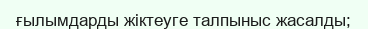
ғылымдарды жіктеуге талпыныс жасалды;